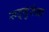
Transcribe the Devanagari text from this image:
सद्गुरुंना